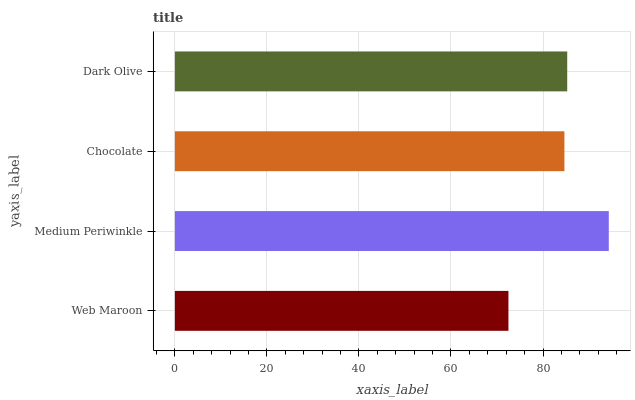
| yaxis_label | bars |
 | --- | --- |
 | Web Maroon | 72.5 |
 | Medium Periwinkle | 94.3 |
 | Chocolate | 84.7 |
 | Dark Olive | 85.3 |